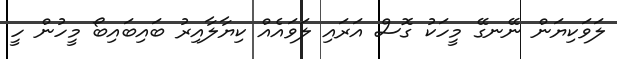
ލަވަކިޔަން ނޭނގޭ މީހަކު ގޮސް އަރައި ލަވައެއް ކިޔާލާއިރު ބައިބައިބޯ މީހުން ހީ